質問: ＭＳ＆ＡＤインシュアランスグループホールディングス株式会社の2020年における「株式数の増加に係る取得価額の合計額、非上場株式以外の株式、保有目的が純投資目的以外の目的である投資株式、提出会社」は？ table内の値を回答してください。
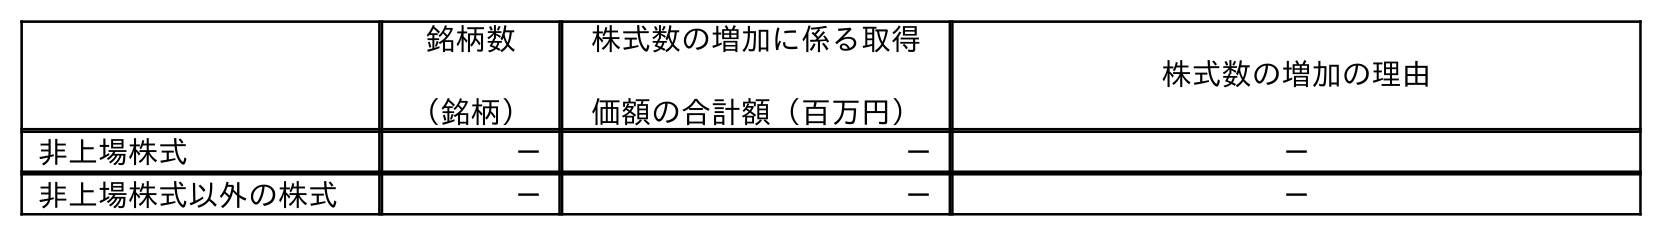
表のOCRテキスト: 銘柄数 （銘柄） 株式数の増加に係る取得 価額の合計額（百万円） 株式数の増加の理由 非上場株式 － － － 非上場株式以外の株式 － － －
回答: －